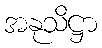
အနုသိဋ္ဌာ